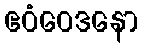
ဧဝံဝေဒနော